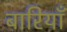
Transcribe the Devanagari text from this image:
बारियाँ